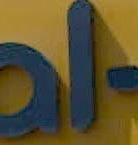
al